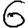
Digit: 6